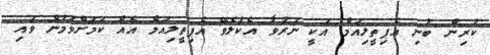
ކުރިން ބުނި އެޕިތީލިއަމް އަކީ ނަރުވާ އެކުލެވޭ އެޕިތީލިއަމް އެއް ކަމަށްވުމުން ވައި